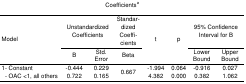
| <COLSPAN=8> Coefficientsa |
 | <ROWSPAN=3> Model | <COLSPAN=2> Unstandardized Coefficients | Standar-dized Coeffi-cients | <ROWSPAN=3> t | <ROWSPAN=3> p | <COLSPAN=2> 95% Confidence Interval for B |
 | B | Std. Error | Beta | Lower Bound | Upper Bound |
 | --- | --- | --- | --- | --- | --- | --- | --- |
 | 1- Constant - OAC <1, all others | -0.4440.722 | 0.2290.165 | 0.667 | -1.9944.382 | 0.0640.000 | -0.9160.382 | 0.0271.062 |